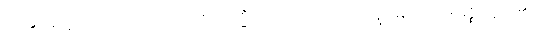
ဤသို့။ အဓိဋ္ဌာသိ၊ ဆောက်တည်၏။ တသ္မိံ ခဏေ၊ ထိုခဏ၌။ ကဏ္ဍံ၊ မြားသည်။ မုစ္စိ၊ လွတ်၏။